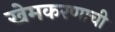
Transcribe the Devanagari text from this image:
खेमकरणाची